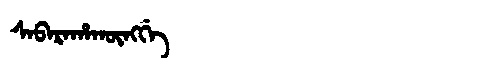
Manchu: ᠰᠠᠪᠠᡵᠠᡥᠠᡴᡡᠩᡤᡝ
Romanization: SABARAHAKŪNGGE